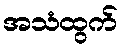
အသံထွက်